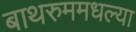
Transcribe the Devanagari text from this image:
बाथरुममधल्‍या